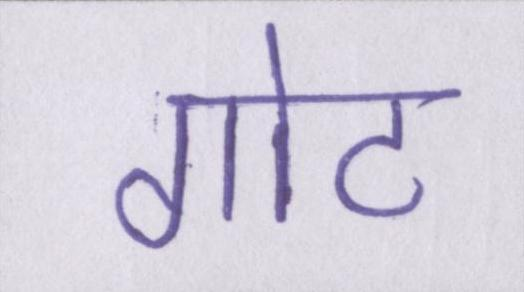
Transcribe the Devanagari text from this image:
गोट